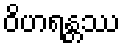
ဝိဟရန္တဿ